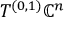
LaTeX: T ^ { ( 0 , 1 ) } \mathbb { C } ^ { n }